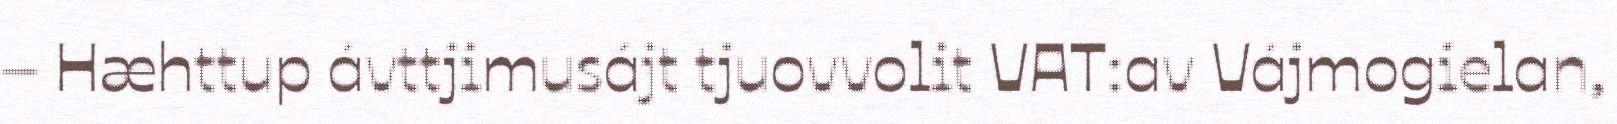
– Hæhttup ávttjimusájt tjuovvolit VAT:av Vájmogielan,